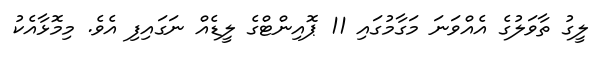
ލީގު ތާވަލުގެ އެއްވަނަ މަގާމުގައި 11 ޕޮއިންޓްގެ ލީޑެއް ނަގައިފި އެވެ. މިމޮޅާއެކު